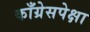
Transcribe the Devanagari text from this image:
काँग्रेसपेक्षा